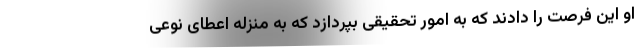
او این فرصت را دادند که به امور تحقیقی بپردازد که به منزله اعطای نوعی